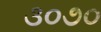
૩૦૭૦